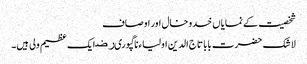
شخصیت کے نمایاں خدوخال اور اوصاف
لا شک حضرت بابا تاج الدین اولیاءناگپوریﺭﺿ ایک عظیم ولی ہیں۔